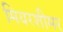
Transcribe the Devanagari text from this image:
मियरशीमर